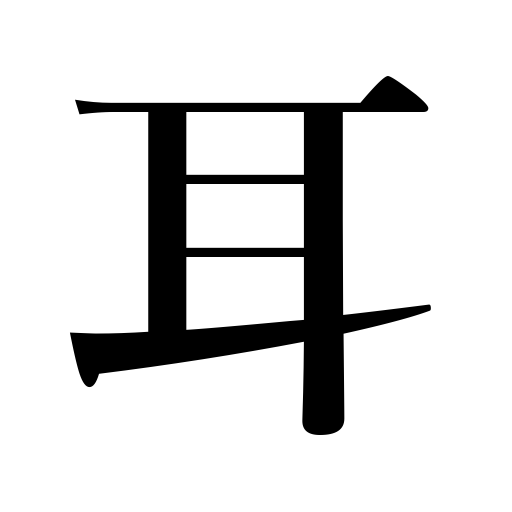
Meanings: border,ear,selvage,bread crusts,edge,loop